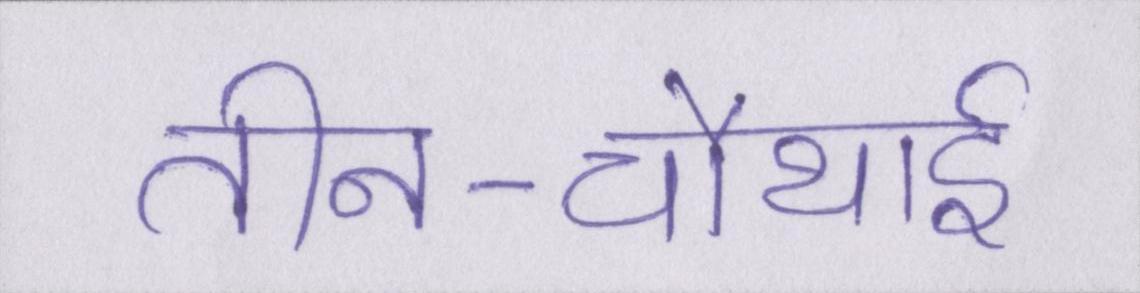
तीन-चौथाई